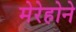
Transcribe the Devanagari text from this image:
मेरेहोने